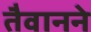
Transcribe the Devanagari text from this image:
तैवानने